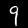
Label: 9